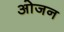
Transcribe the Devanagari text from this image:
ओजन